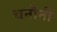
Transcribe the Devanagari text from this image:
चनौनी